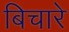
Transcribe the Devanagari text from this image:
बिचारे